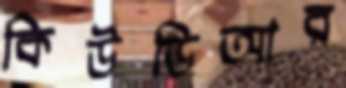
কিউডিআর